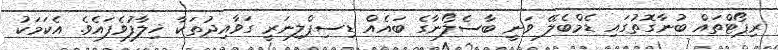
ރިޕޯޓްތައް ބުނާގޮތުގައި ޑެމްބެލޭ ވަނީ ބާސެލޯނާގެ ބައެއް ޑިސިޕްލިނަރީ ގަވާއިދުތަކާ ޚިލާފުވެފައެވެ. އެކަމަކު